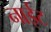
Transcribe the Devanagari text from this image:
नाईट